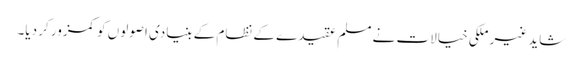
شاید غیر ملکی خیالات نے مسلم عقیدے کے نظام کے بنیادی اصولوں کو کمزور کر دیا۔